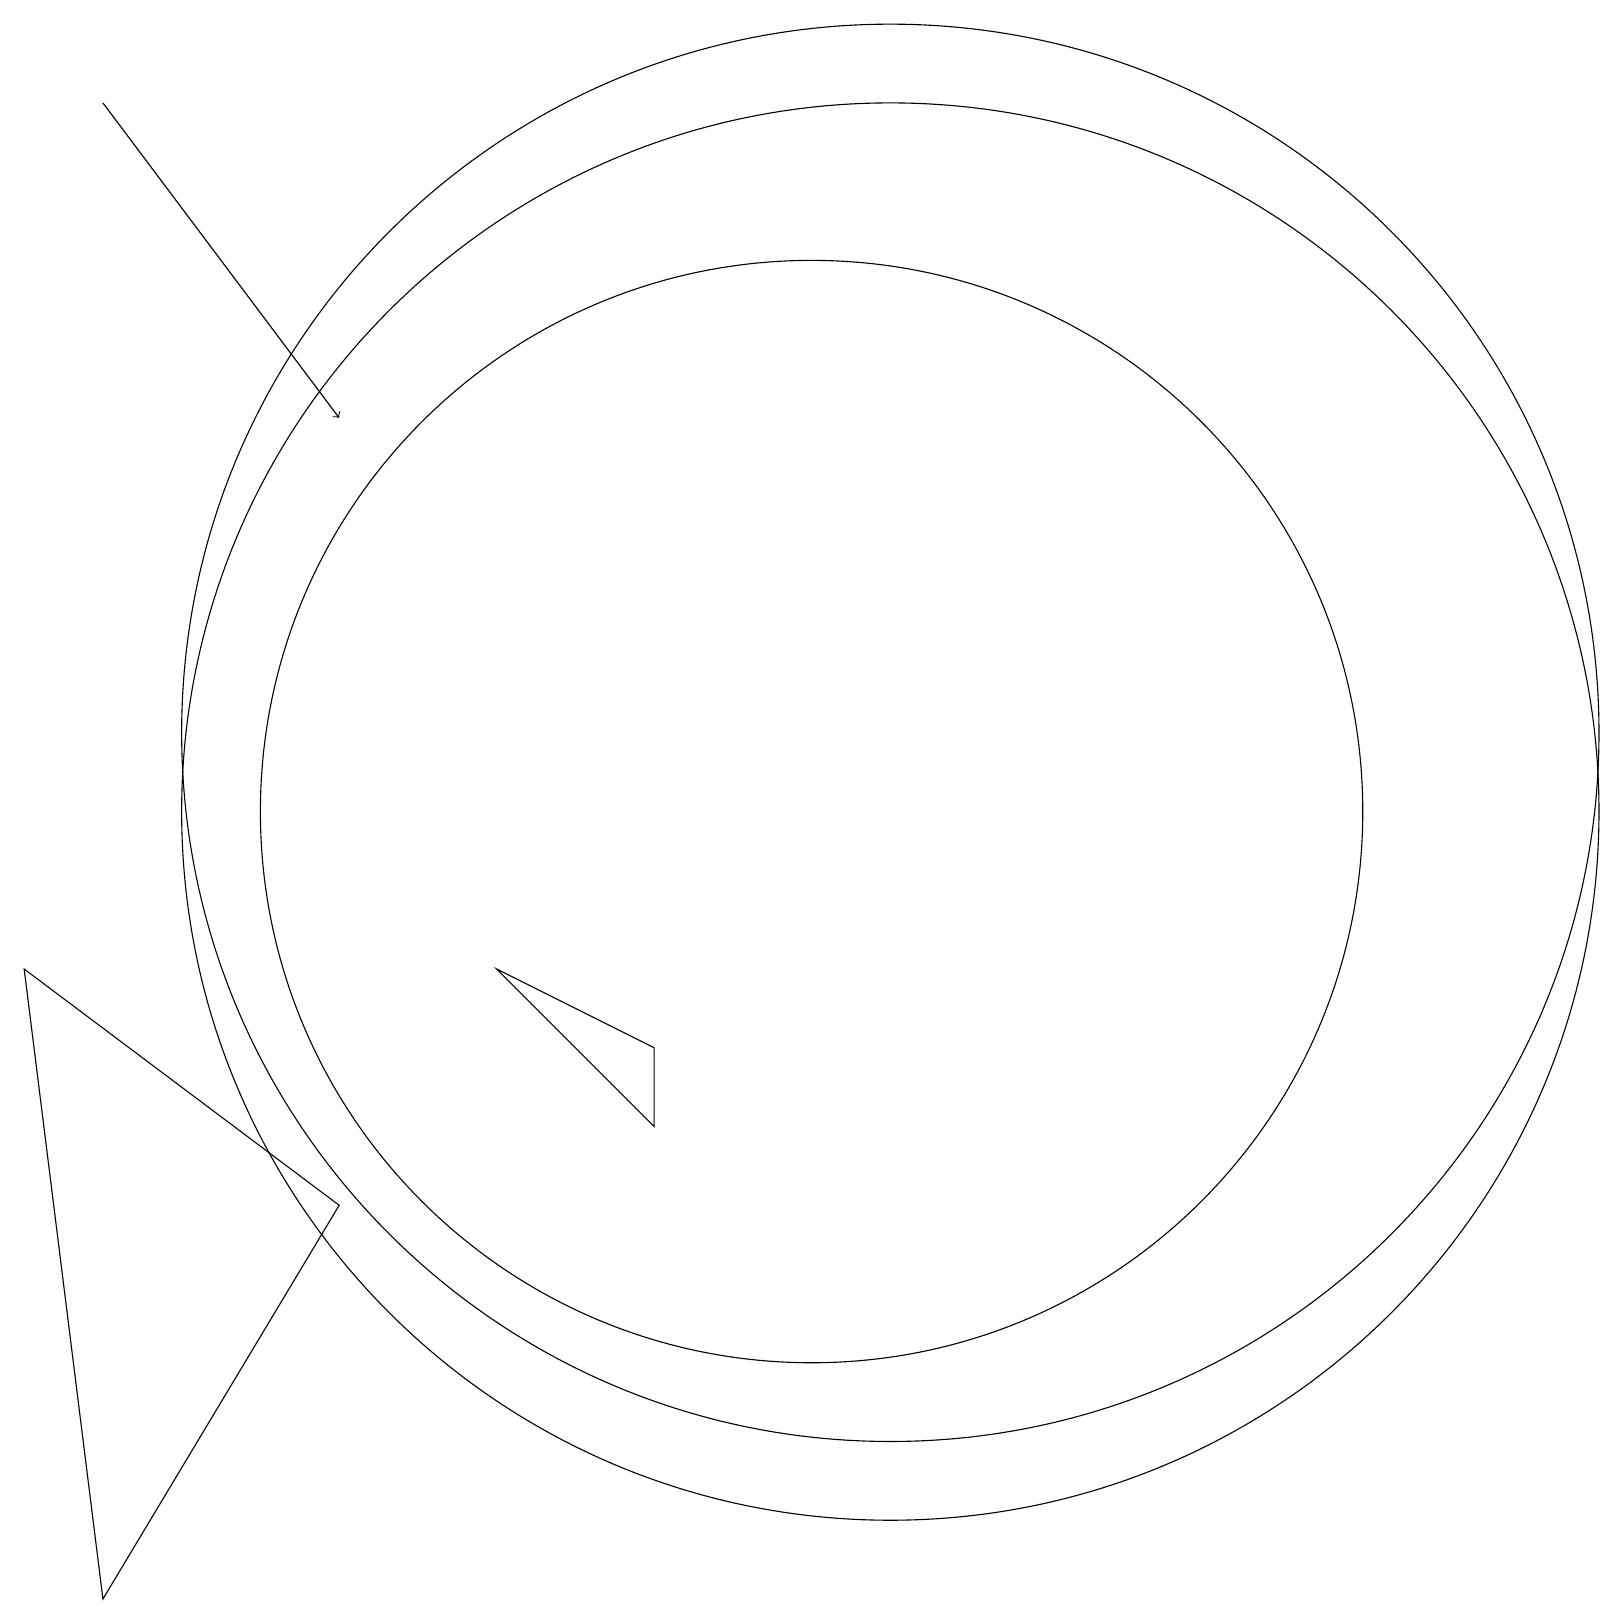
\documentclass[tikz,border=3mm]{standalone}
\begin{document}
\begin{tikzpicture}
\draw (12,10) circle (9);
\draw (11,10) circle (7);
\draw (2,0) -- (1,8) -- (5,5) -- cycle;
\draw[->] (2,19) -- (5,15);
\draw (12,11) circle (9);
\draw (9,7) -- (9,6) -- (7,8) -- cycle;
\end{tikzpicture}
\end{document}